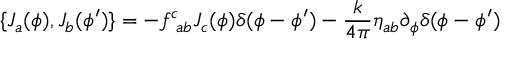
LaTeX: \{ J _ { a } ( \phi ) , J _ { b } ( \phi ^ { \prime } ) \} = - f _ { ~ a b } ^ { c } J _ { c } ( \phi ) \delta ( \phi - \phi ^ { \prime } ) - \frac { k } { 4 \pi } \eta _ { a b } \partial _ { \phi } \delta ( \phi - \phi ^ { \prime } )